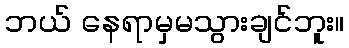
ဘယ် နေရာမှမသွားချင်ဘူး။